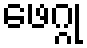
ဖေဂ္ဂု